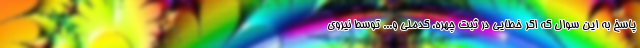
پاسخ به این سوال که اگر خطایی در ثبت چهره، کدملی و... توسط نیروی